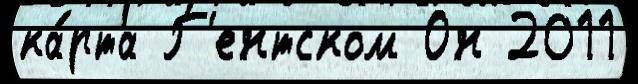
ка́рта Г'ентском Он 2011